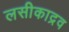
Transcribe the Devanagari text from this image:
लसीकाद्रव